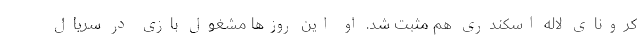
کرونایِ لاله اسکندری هم مثبت شد. او این روزها مشغول بازی در سریال